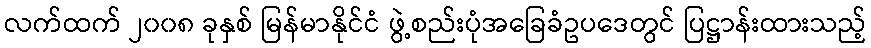
လက်ထက် ၂၀၀၈ ခုနှစ် မြန်မာနိုင်ငံ ဖွဲ့စည်းပုံအခြေခံဥပဒေတွင် ပြဋ္ဌာန်းထားသည့်